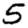
Digit: 5